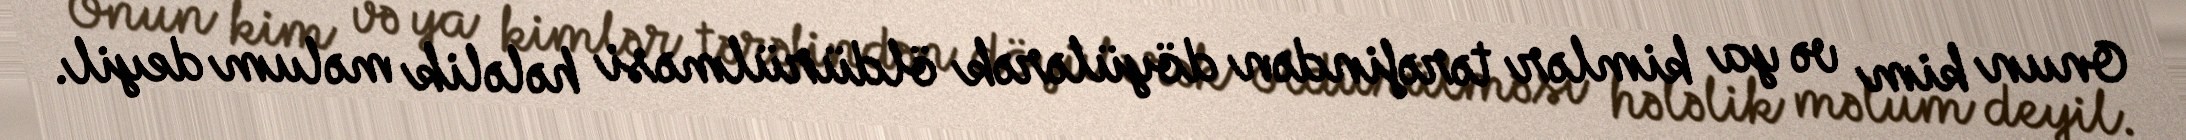
Onun kim və ya kimlər tərəfindən döyülərək öldürülməsi hələlik məlum deyil.